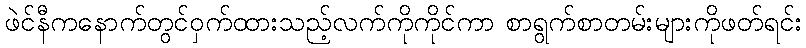
ဖဲင်နီကနောက်တွင်ဝှက်ထားသည့်လက်ကိုကိုင်ကာ စာရွက်စာတမ်းများကိုဖတ်ရင်း